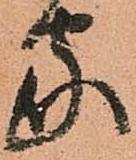
家